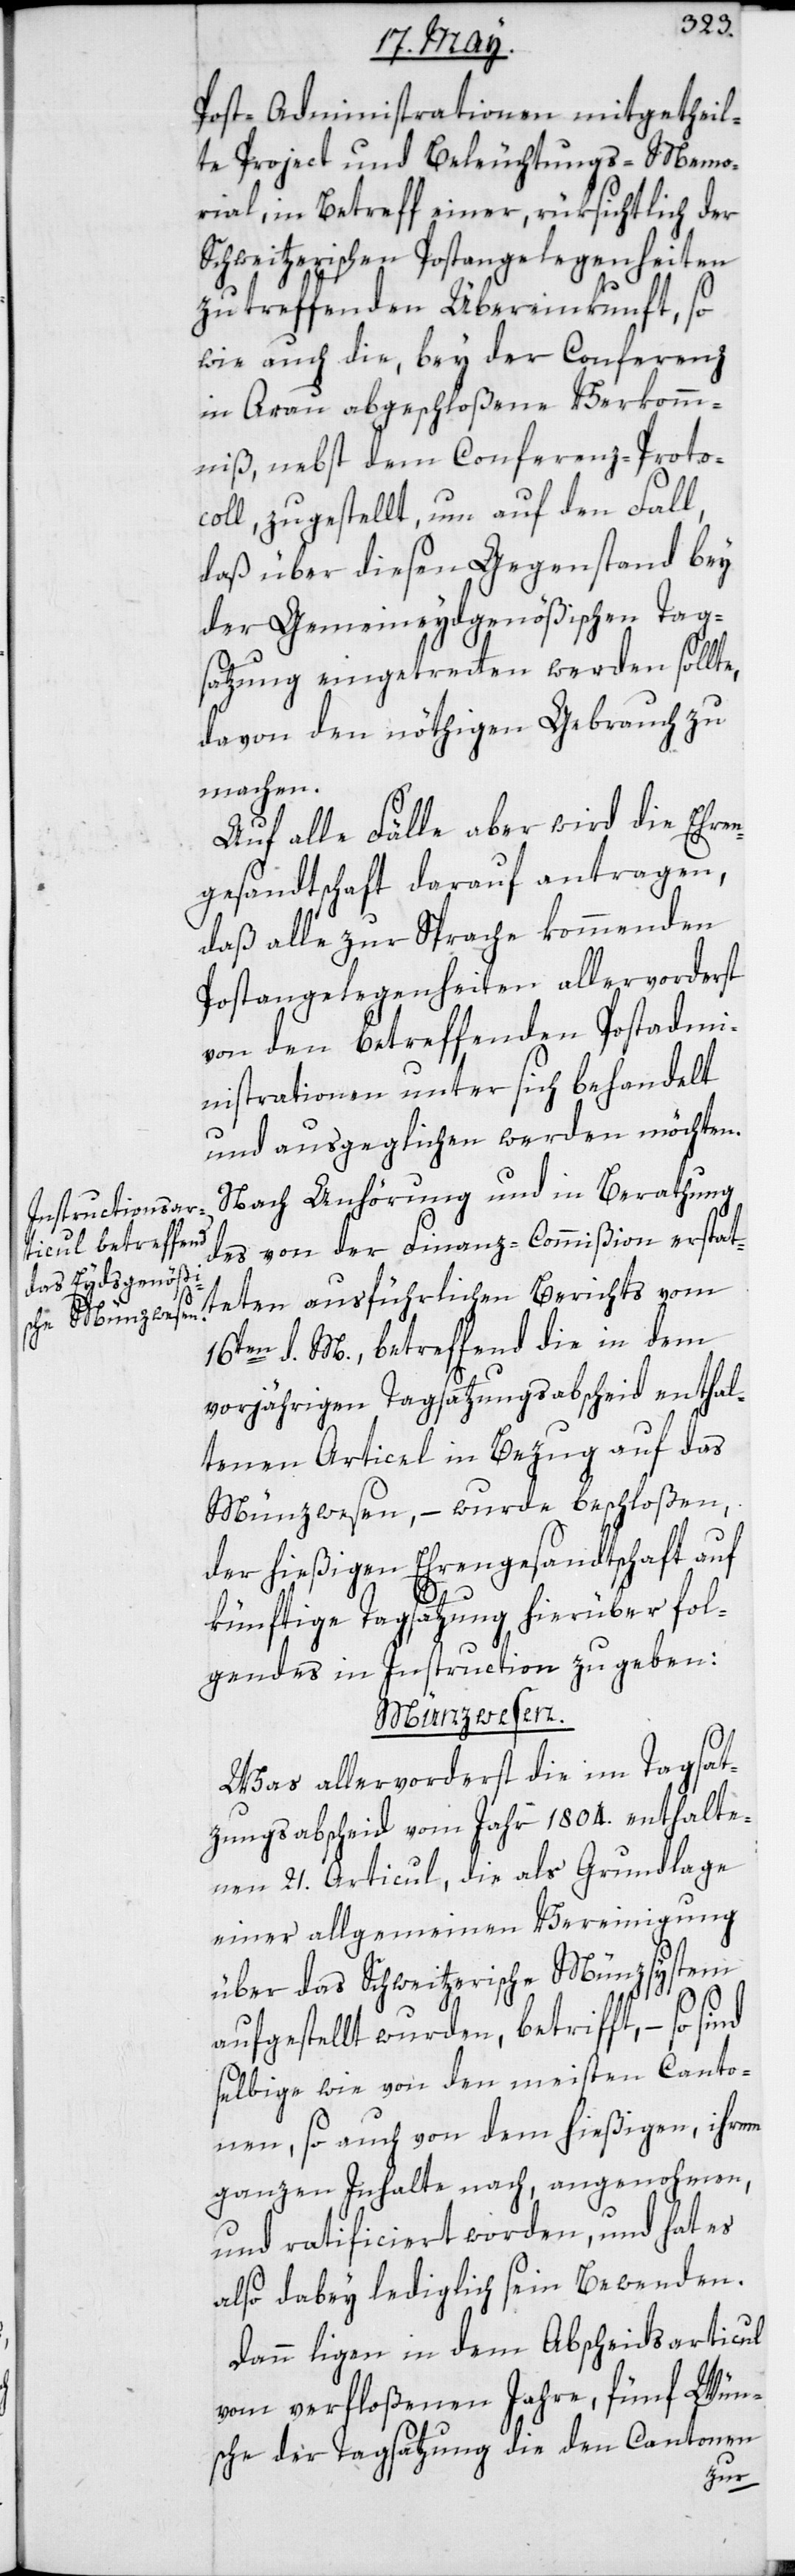
Post-Administrationen mitgetheil¬
te Project und Beleuchtungs-Memo¬
rial, in Betreff einer, rüksichtlich der
Schweitzerischen Postangelegenheiten
zu treffenden Übereinkunft, so
wie auch die, bey der Conferenz
in Arau abgeschloßene Verkomm¬
niß, nebst dem Conferenz-Proto¬
coll zugestellt, um auf den Fall,
daß über diesen Gegenstand bey
der Gemeineydgenößischen Tag¬
satzung eingetretten werden sollte,
davon den nöthigen Gebrauch zu
machen.
Auf alle Fälle aber wird die Ehren¬
gesandtschaft darauf antragen,
daß alle zur Sprache kommenden
Post-Angelegenheiten allervorderst
von den betreffenden Post-Admi¬
nistrationen unter sich behandelt
und ausgeglichen werden möchten.
Nach Anhörung und in Berathung
des von der Finanz-Commißion erstat¬
teten ausführlichen Berichts vom
16ten d. M., betreffend die in dem
vorjährigen Tagsatzungsabscheid enthal¬
tenen Articul in Bezug auf das
Münzwesen, – wurde beschloßen,
der hießigen Ehrengesandtschaft auf
künftige Tagsatzung hierüber fol¬
gendes in Instruction zu geben:
Münzwesen.
Was allervorderst die im Tagsat¬
zungsabscheid vom Jahr 1804. enthalte¬
nen 21. Articul, die als Grundlage
einer allgemeinen Vereinigung
über das Schweitzerische Münzsystem
nd
aufgestellt wurden, betrifft, – so si¬
selbige wie von den meisten Canto¬
nen, so auch von dem hießigen, ihrem
ganzen Inhalte nach, angenohmen
und ratificiert worden, und hat es
also dabey lediglich sein Bewenden.
Dann liegen in dem Abscheidsarticul
vom verfloßenen Jahre, fünf Wün¬
sche der Tagsatzung, die den Cantonen